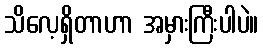
သိလေ့ရှိတာဟာ အမှားကြီးပါပဲ။